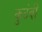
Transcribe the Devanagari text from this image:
कुटंबी